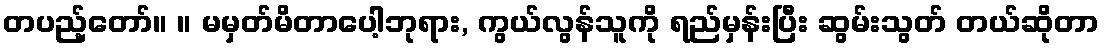
တပည့်တော်။ ။ မမှတ်မိတာပေါ့ဘုရား, ကွယ်လွန်သူကို ရည်မှန်းပြီး ဆွမ်းသွတ် တယ်ဆိုတာ